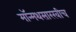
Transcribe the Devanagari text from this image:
मॉन्मथसारखीच